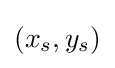
(x_{s},y_{s})